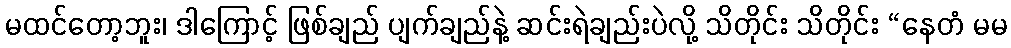
မထင်တော့ဘူး၊ ဒါကြောင့် ဖြစ်ချည် ပျက်ချည်နဲ့ ဆင်းရဲချည်းပဲလို့ သိတိုင်း သိတိုင်း “နေတံ မမ